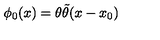
\phi _ { 0 } ( x ) = \theta \tilde { \theta } ( x - x _ { 0 } )